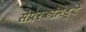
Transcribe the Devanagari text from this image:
संप्रेरकांमध्ये